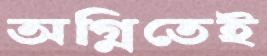
অগ্নিতেই